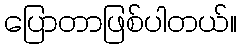
ပြောတာဖြစ်ပါတယ်။